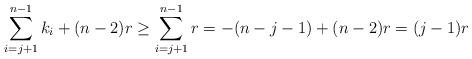
LaTeX: \begin{align*}\sum\limits_{i =j+1}^{n-1} k_i + (n-2)r \geq \sum\limits_{i =j +1}^{n-1} r = -(n-j-1) + (n-2)r = (j-1)r\end{align*}